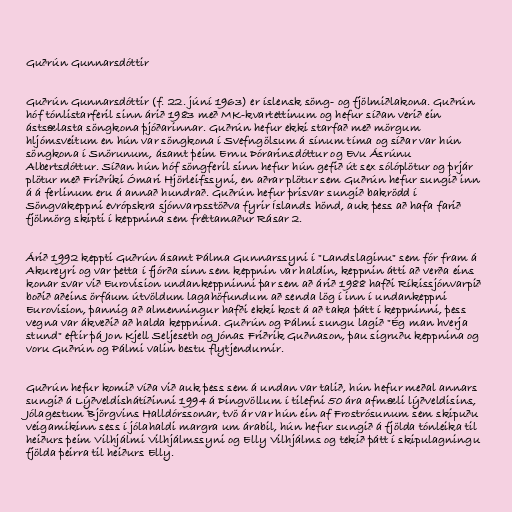
Guðrún Gunnarsdóttir

Guðrún Gunnarsdóttir (f. 22. júní 1963) er íslensk söng- og fjölmiðlakona. Guðrún
hóf tónlistarferil sinn árið 1983 með MK-kvartettinum og hefur síðan verið ein
ástsælasta söngkona þjóðarinnar. Guðrún hefur ekki starfað með mörgum
hljómsveitum en hún var söngkona í Svefngölsum á sínum tíma og síðar var hún
söngkona í Snörunum, ásamt þeim Ernu Þórarinsdóttur og Evu Ásrúnu
Albertsdóttur. Síðan hún hóf söngferil sinn hefur hún gefið út sex sólóplötur og þrjár
plötur með Friðriki Ómari Hjörleifssyni, en aðrar plötur sem Guðrún hefur sungið inn
á á ferlinum eru á annað hundrað. Guðrún hefur þrisvar sungið bakrödd í
Söngvakeppni evrópskra sjónvarpsstöðva fyrir Íslands hönd, auk þess að hafa farið
fjölmörg skipti í keppnina sem fréttamaður Rásar 2.

Árið 1992 keppti Guðrún ásamt Pálma Gunnarssyni í "Landslaginu" sem fór fram á
Akureyri og var þetta í fjórða sinn sem keppnin var haldin, keppnin átti að verða eins
konar svar við Eurovision undankeppninni þar sem að árið 1988 hafði Ríkissjónvarpið
boðið aðeins örfáum útvöldum lagahöfundum að senda lög í inn í undankeppni
Eurovision, þannig að almenningur hafði ekki kost á að taka þátt í keppninni, þess
vegna var ákveðið að halda keppnina. Guðrún og Pálmi sungu lagið "Ég man hverja
stund" eftir þá Jon Kjell Seljeseth og Jónas Friðrik Guðnason, þau sigruðu keppnina og
voru Guðrún og Pálmi valin bestu flytjendurnir.

Guðrún hefur komið víða við auk þess sem á undan var talið, hún hefur meðal annars
sungið á Lýðveldishátíðinni 1994 á Þingvöllum í tilefni 50 ára afmæli lýðveldisins,
Jólagestum Björgvins Halldórssonar, tvö ár var hún ein af Frostrósunum sem skipuðu
veigamikinn sess í jólahaldi margra um árabil, hún hefur sungið á fjölda tónleika til
heiðurs þeim Vilhjálmi Vilhjálmssyni og Elly Vilhjálms og tekið þátt í skipulagningu
fjölda þeirra til heiðurs Elly.